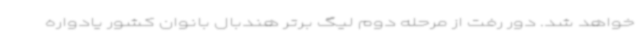
خواهد شد. دور رفت از مرحله دوم لیگ برتر هندبال بانوان کشور یادواره